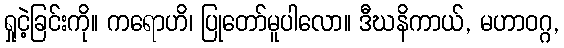
ရှုငဲ့ခြင်းကို။ ကရောဟိ၊ ပြုတော်မူပါလော။ ဒီဃနိကာယ်, မဟာဝဂ္ဂ,